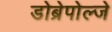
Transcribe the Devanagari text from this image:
डोब्रेपोल्जे